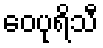
ဝေပုရိသီ